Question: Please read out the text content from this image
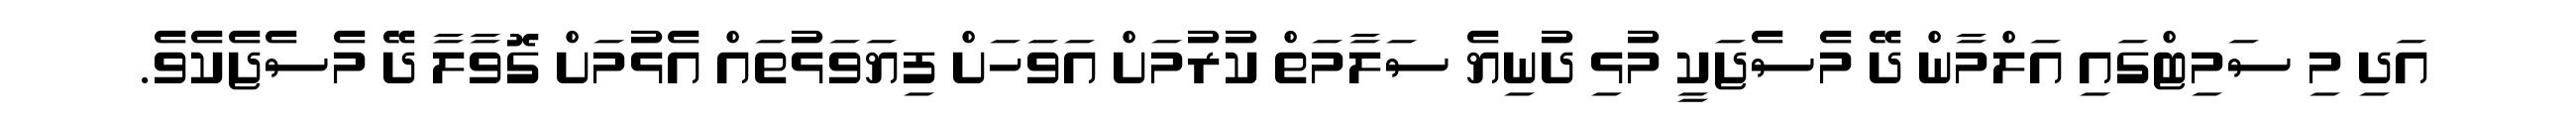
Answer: އަދި މި ސަމިޓްގައި އަލްމާން ދޭ މެސެޖަކީ މުޅި ދުނިޔެ ސަލާމަތް ކުރުމަށް އަވަހަށް ފިޔަވަޅުތައް އެޅުމަށް ގޮވާލާ ދޭ މެސެޖެކެވެ.